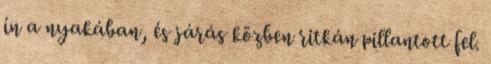
ín a nyakában, és járás közben ritkán pillantott fel.